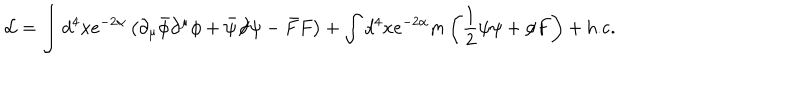
{ \cal L } = \int d ^ { 4 } x e ^ { - 2 \alpha } \left( \partial _ { \mu } \bar { \phi } \partial ^ { \mu } \phi + \bar { \psi } { \not \! \partial } \psi - \bar { F } F \right) + \int d ^ { 4 } x e ^ { - 2 \alpha } m \left( \frac { 1 } { 2 } \psi \psi + \phi F \right) + \mathrm { h . c . }